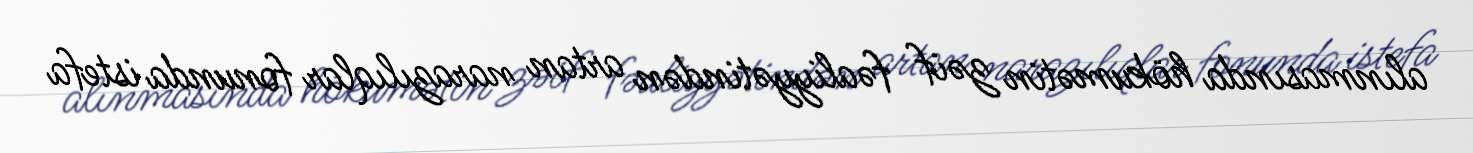
alınmasında hökumətin zəif fəaliyyətindən artan narazılıqlar fonunda istefa